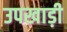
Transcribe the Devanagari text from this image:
उपखाड़ी